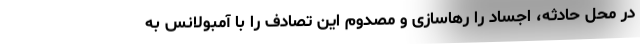
در محل حادثه، اجساد را رهاسازی و مصدوم این تصادف را با آمبولانس به